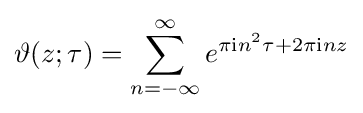
\vartheta (z;\tau )=\sum _{n=-\infty }^{\infty }e^{\pi {\rm {i}}n^{2}\tau +2\pi {\rm {i}}nz}